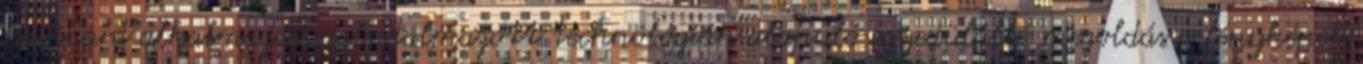
NaviCard alkalmazás szabadalmazott technológián alapuló egyedülálló megoldás a fényképek